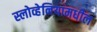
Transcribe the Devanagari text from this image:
स्लोव्हेनियामधील